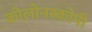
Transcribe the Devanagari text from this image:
कोलोनस्कोपी